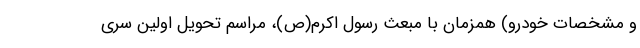
و مشخصات خودرو) همزمان با مبعث رسول اکرم(ص)، مراسم تحویل اولین سری